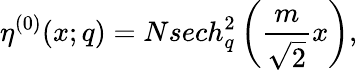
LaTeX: \eta^{(0)}(x;q)=Nsech_{q}^{2}\left(\frac{m}{\sqrt 2}x\right),